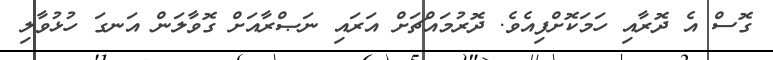
ގޮސް އެ ދޮރާއި ހަމަކޮށްފިއެވެ. ދޮރުމައްޗަށް އަރައި ނަޞްރާއަށް ގޮވާލަން އަނގަ ހުޅުވާލި